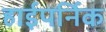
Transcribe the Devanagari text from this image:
हाईपर्निक